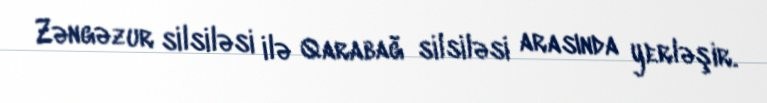
Zəngəzur silsiləsi ilə Qarabağ silsiləsi arasında yerləşir.